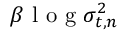
\beta \mathrm { ~ l ~ o ~ g ~ } \sigma _ { t , n } ^ { 2 }